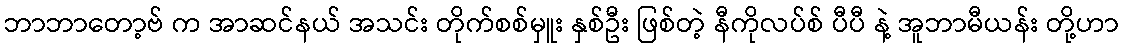
ဘာဘာတော့ဗ် က အာဆင်နယ် အသင်း တိုက်စစ်မှူး နှစ်ဦး ဖြစ်တဲ့ နီကိုလပ်စ် ပီပီ နဲ့ အူဘာမီယန်း တို့ဟာ